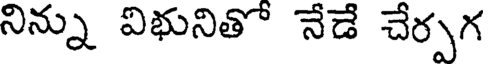
నిన్ను విభునితో నేడే చేర్పగ